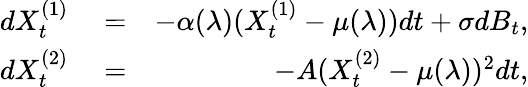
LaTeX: \begin{array}{rlr}{dX_{t}^{(1)}}&{{}=}&{-\alpha(\lambda)(X_{t}^{(1)}-\mu(\lambda))dt+\sigma dB_{t},}\\ {dX_{t}^{(2)}}&{{}=}&{-A(X_{t}^{(2)}-\mu(\lambda))^{2}dt,}\end{array}